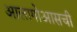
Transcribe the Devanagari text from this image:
आलागोआसची